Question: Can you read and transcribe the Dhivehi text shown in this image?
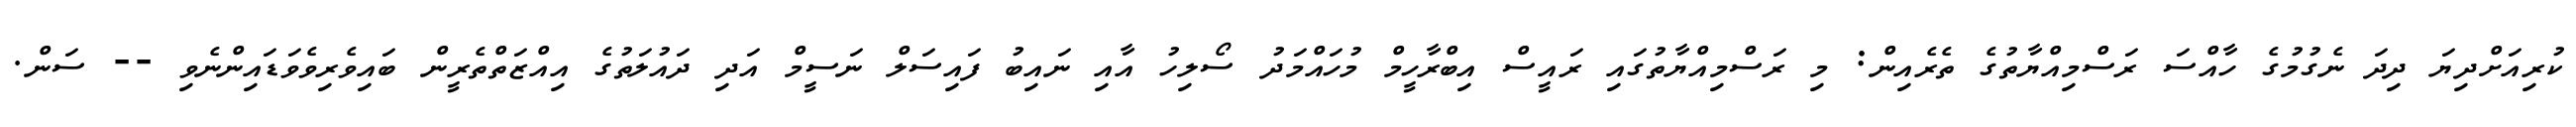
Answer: ކުރިއަށްދިޔަ ދިދަ ނެގުމުގެ ހާއްސަ ރަސްމިއްޔާތުގެ ތެރެއިން: މި ރަސްމިއްޔާތުގައި ރައީސް އިބްރާހީމް މުހައްމަދު ސޯލިހު އާއި ނައިބު ފައިސަލް ނަސީމް އަދި ދައުލަތުގެ އިއްޒަތްތެރީން ބައިވެރިވެވަޑައިންނެވި -- ސަން.